Lunatic asylums Madras 1892-1911 - 1892-1911
Year: 1892
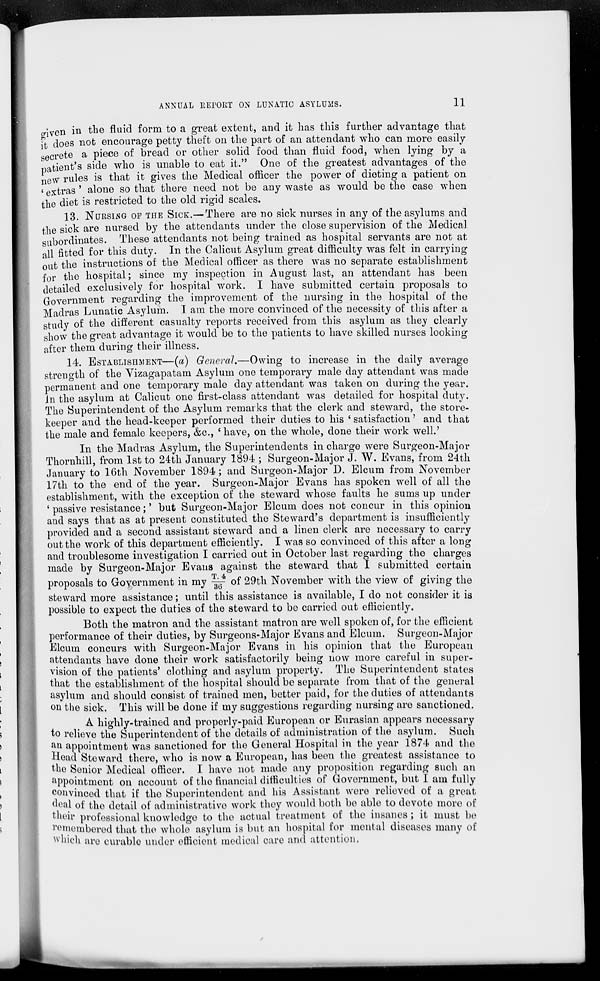
ANNUAL REPORT ON LUNATIC ASYLUMS.
11
given in the fluid form to a great extent, and it has this further advantage that
it does not encourage petty theft on the part of an attendant who can more easily
secrete a piece of bread or other solid food than fluid food, when lying by a
patient's side who is unable to eat it." One of the greatest advantages of the
new rules is that it gives the Medical officer the power of dieting a patient on
' extras ' alone so that there need not be any waste as would be the case when
the diet is restricted to the old rigid scales.
13. NURSING OF THE SICK.—There are no sick nurses in any of the asylums and
the sick are nursed by the attendants under the close supervision of the Medical
subordinates. These attendants not being trained as hospital servants are not at
all fitted for this duty. In the Calicut Asylum great difficulty was felt in carrying
out the instructions of the Medical officer as there was no separate establishment
for the hospital; since my inspection in August last, an attendant has been
detailed exclusively for hospital work. I have submitted certain proposals to
Government regarding the improvement of the nursing in the hospital of the
Madras Lunatic Asylum. I am the more convinced of the necessity of this after a
study of the different casualty reports received from this asylum as they clearly
show the great advantage it would be to the patients to have skilled nurses looking
after them during their illness.
14. ESTABLISHMENT—(a) General.—Owing to increase in the daily average
strength of the Vizagapatam Asylum one temporary male day attendant was made
permanent and one temporary male day attendant was taken on during the year.
In the asylum at Calicut one first-class attendant was detailed for hospital duty.
The Superintendent of the Asylum remarks that the clerk and steward, the store-
keeper and the head-keeper performed their duties to his 'satisfaction' and that
the male and female keepers, &c, 'have, on the whole, done their work well.'
In the Madras Asylum, the Superintendents in charge were Surgeon-Major
Thornhill, from 1st to 24th January 1894 ; Surgeon-Major J. W. Evans, from 24th
January to 16th November 1894; and Surgeon-Major D. Elcum from November
17th to the end of the year. Surgeon-Major Evans has spoken well of all the
establishment, with the exception of the steward whose faults he sums up under
' passive resistance;' but Surgeon-Major Elcum does not concur in this opinion
and says that as at present constituted the Steward's department is insufficiently
provided and a second assistant steward and a linen clerk are necessary to carry
out the work of this department efficiently. I was so convinced of this after a long
and troublesome investigation I carried out in October last regarding the charges
made by Surgeon-Major Evans against the steward that I submitted certain
proposals to Government in my T.4/36 of 29th November with the view of giving the
steward more assistance; until this assistance is available, I do not consider it is
possible to expect the duties of the steward to be carried out efficiently.
Both the matron and the assistant matron are well spoken of, for the efficient
performance of their duties, by Surgeons-Major Evans and Elcum. Surgeon-Major
Elcum concurs with Surgeon-Major Evans in his opinion that the European
attendants have done their work satisfactorily being now more careful in super-
vision of the patients' clothing and asylum property. The Superintendent states
that the establishment of the hospital should be separate from that of the general
asylum and should consist of trained men, better paid, for the duties of attendants
on the sick. This will be done if my suggestions regarding nursing are sanctioned.
A highly-trained and properly-paid European or Eurasian appears necessary
to relieve the Superintendent of the details of administration of the asylum. Such
an appointment was sanctioned for the General Hospital in the year 1874 and the
Head Steward there, who is now a European, has been the greatest assistance to
the Senior Medical officer. I have not made any proposition regarding such an
appointment on account of the financial difficulties of Government, but I am fully
convinced that if the Superintendent and his Assistant were relieved of a great
deal of the detail of administrative work they would both be able to devote more of
their professional knowledge to the actual treatment of the insanes ; it must be
remembered that the whole asylum is but an hospital for mental diseases many of
which are curable under efficient medical care and attention.